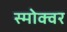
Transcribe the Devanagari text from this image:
स्मोक्वर